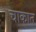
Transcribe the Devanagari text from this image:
चाकात